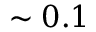
\sim 0 . 1